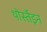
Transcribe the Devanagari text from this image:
थोर्स्तेइन